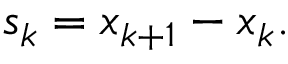
s _ { k } = x _ { k + 1 } - x _ { k } .